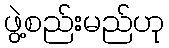
ဖွဲ့စည်းမည်ဟု